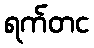
ရက်တင